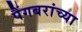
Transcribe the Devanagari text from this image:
पैंगबरांच्या